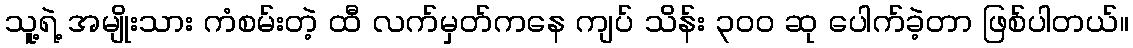
သူ့ရဲ့ အမျိုးသား ကံစမ်းတဲ့ ထီ လက်မှတ်ကနေ ကျပ် သိန်း ၃၀၀ ဆု ပေါက်ခဲ့တာ ဖြစ်ပါတယ်။